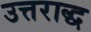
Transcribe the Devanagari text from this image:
उत्तराद्ध